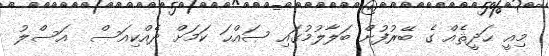
މިއީ ޙަދީޘެއް ގެ ބޭރުފުށް ބަލާލުމުގައި ޞައްޙަ ކަމަށް ދެއްކިއަސް  އަސްލު